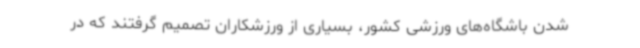
شدن باشگاه‌های ورزشی کشور، بسیاری از ورزشکاران تصمیم گرفتند که در